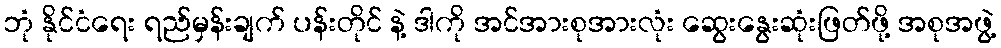
ဘုံ နိုင်ငံရေး ရည်မှန်းချက် ပန်းတိုင် နဲ့ ဒါကို အင်အားစုအားလုံး ဆွေးနွေးဆုံးဖြတ်ဖို့ အစုအဖွဲ့